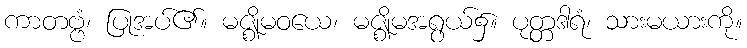
ကာတဗ္ဗံ၊ ပြုအပ်၏။ မဇ္ဈိမဝယေ၊ မဇ္ဈိမအရွယ်၌။ ပုတ္တဒါရံ၊ သားမယားကို။